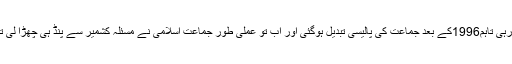
ان عہدیداروںکا کہنا ہے کہ بھلے ہی جماعت اسلامی 1990کے اوائل میں کشمیر کے عسکری افق پر چھائی رہی تاہم1996کے بعد جماعت کی پالیسی تبدیل ہوگئی اور اب تو عملی طور جماعت اسلامی نے مسئلہ کشمیر سے پنڈ ہی چھڑا لی تھی اور جماعت نے مسئلہ کشمیر کو صرف سیاسی بیانات تک ہی محدود کیاتھااور وہ سہ فریقی مذاکرات تک ۔